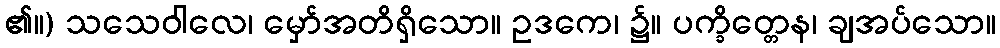
၏။) သသေဝါလေ၊ မှော်အတိရှိသော။ ဥဒကေ၊ ၌။ ပက္ခိတ္တေန၊ ချအပ်သော။